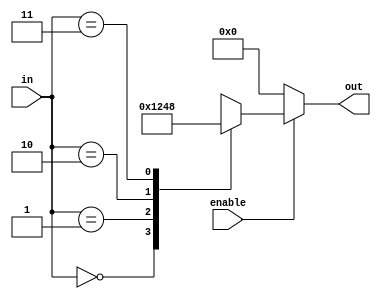
module DEC2 (input [1:0] in, input enable, output reg [3:0] out);
always @(in or enable)
    if(!enable)
	    out = 4'b0000;
	else begin
	   case (in)
	       2'b00 : out = 4'b0001;
	       2'b01 : out = 4'b0010;
	       2'b10 : out = 4'b0100;
	       2'b11 : out = 4'b1000;
	    endcase
	end
endmodule